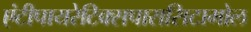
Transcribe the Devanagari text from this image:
एंटीपायरेटिक्सपारासिटामोल